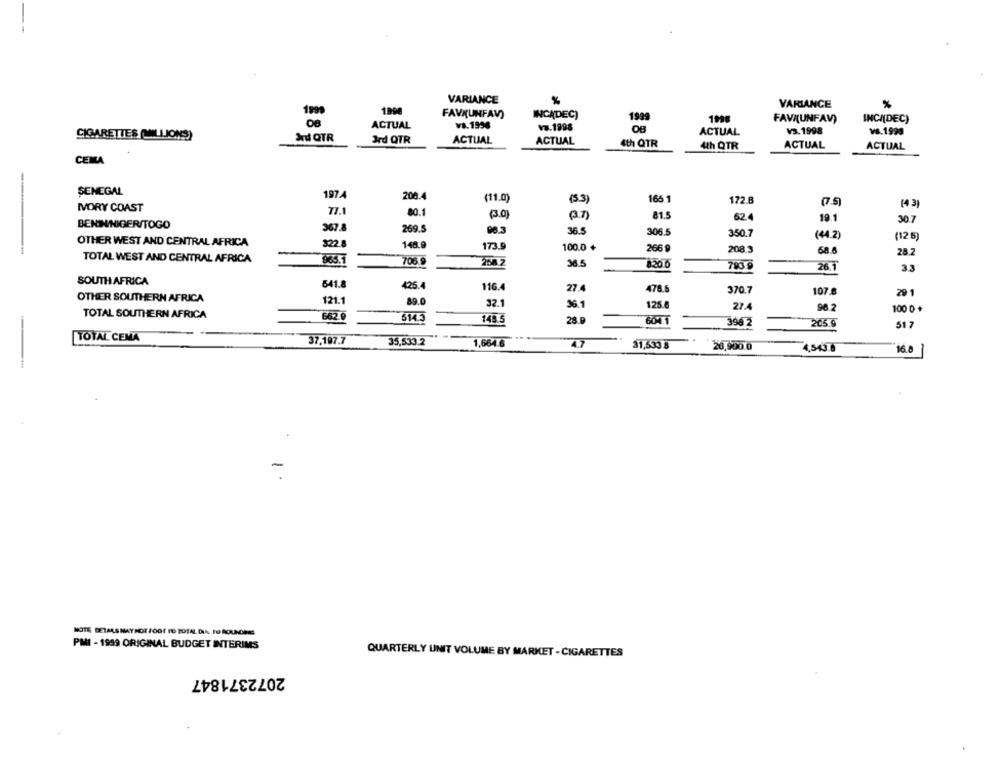
VARIANCE
%
VARIANCE
%
1998
FAVRUNFAV)
INCADEC)
1999
1998
FAVI(UNFAV)
INCA(DEC)
ACTUAL
Va.1998
V.1998
VS. 1998
VS.1999
CIGARETTES (MILLIONS)
Jd QTR
ACTUAL
3rd QTR
ACTUAL
ACTUAL
4th QTR
ACTUAL
4th QTR
ACTUAL
CENA
SENEGAL
1974
200.4
(11.0)
(53)
165 1
172.8
07.5
(43)
IVORY COAST
77.1
80.1
(3)
81.5
62.4
19.1
30.7
BENINNIGER/TOGO
367.8
269.5
90.3
36.5
306.5
350.7
(44.2)
(12 5)
OTHER WEST AND CENTRAL AFRICA
322.8
148.9
173.9
100.0 +
266 9
208
68.6
28.2
TOTAL WEST AND CENTRAL AFRICA
965.1
706.9
258 2
36.5
8.2010
26.1
3.3
SOUTH AFRICA
641.8
425.4
116.4
27.4
478.5
370.7
OTHER SOUTHERN AFRICA
107.8
29 1
121.1
89.0
32.1
36.1
125.8
21.4
96.2
100 0 +
TOTAL SOUTHERN AFRICA
662 9
514.5
143.5
28.9
BONT
-
396 2
205 C
51 7
TOTAL CEMA
37,197.7
35,533.2
..
1,664 6
4.7
31,533 8
20,900.0
4,543.6
16.8
NOTE DETALS MAYNOTFOOT ID TOTAL DIA, TO ROUNCREE
PMI - 1999 ORIGINAL BUDGET INTERIMS
QUARTERLY UNIT VOLUME BY MARKET - CIGARETTES
2072371847